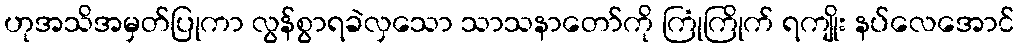
ဟုအသိအမှတ်ပြုကာ လွန်စွာရခဲလှသော သာသနာတော်ကို ကြုံကြိုက် ရကျိုး နပ်လေအောင်